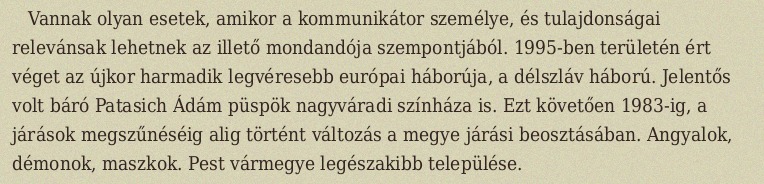
Vannak olyan esetek, amikor a kommunikátor személye, és tulajdonságai relevánsak lehetnek az illető mondandója szempontjából. 1995-ben területén ért véget az újkor harmadik legvéresebb európai háborúja, a délszláv háború. Jelentős volt báró Patasich Ádám püspök nagyváradi színháza is. Ezt követően 1983-ig, a járások megszűnéséig alig történt változás a megye járási beosztásában. Angyalok, démonok, maszkok. Pest vármegye legészakibb települése.